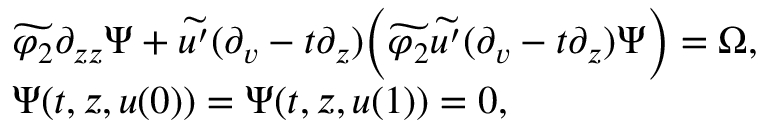
\begin{array} { r l } & { \widetilde { \varphi _ { 2 } } \partial _ { z z } \Psi + \widetilde { u ^ { \prime } } ( \partial _ { v } - t \partial _ { z } ) \Big ( \widetilde { \varphi _ { 2 } } \widetilde { u ^ { \prime } } ( \partial _ { v } - t \partial _ { z } ) \Psi \Big ) = \Omega , } \\ & { \Psi ( t , z , u ( 0 ) ) = \Psi ( t , z , u ( 1 ) ) = 0 , } \end{array}